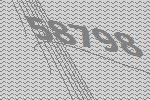
58798